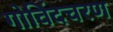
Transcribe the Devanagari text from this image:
गोविंदचरण